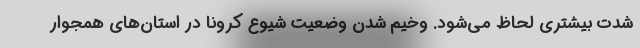
شدت بیشتری لحاظ می‌شود. وخیم شدن وضعیت شیوع کرونا در استان‌های همجوار